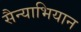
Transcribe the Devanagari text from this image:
सैन्याभियान